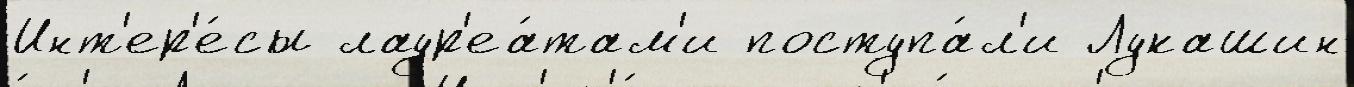
Инт'ер'е́сы лаур'еа́там'и поступа́л'и Лукашин